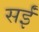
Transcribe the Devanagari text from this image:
सईं